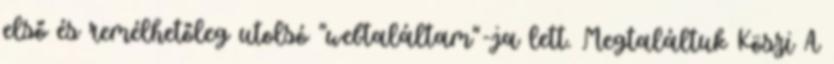
első és remélhetőleg utolsó "webtaláltam"-ja lett. Megtaláltuk Köszi A